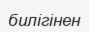
билігінен